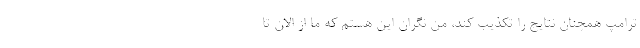
ترامپ همچنان نتایج را تکذیب کند، من نگران این هستم که ما از الان تا